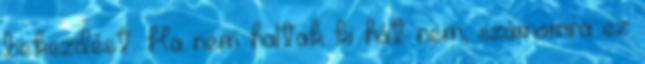
bekezdést. Ha nem haltak ki hát nem, számomra ez